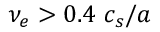
\nu _ { e } > 0 . 4 \ c _ { s } / a